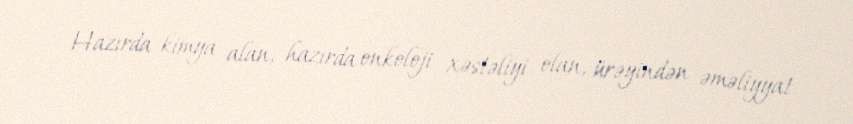
Hazırda kimya alan, hazırda onkoloji xəstəliyi olan, ürəyindən əməliyyat